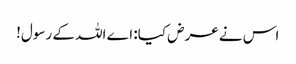
اس نے عرض کیا: اے اللہ کے رسول!